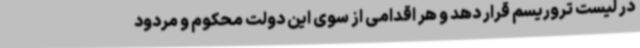
در لیست تروریسم قرار دهد و هر اقدامی از سوی این دولت محکوم و مردود